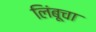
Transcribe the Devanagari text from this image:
लिंबूचा